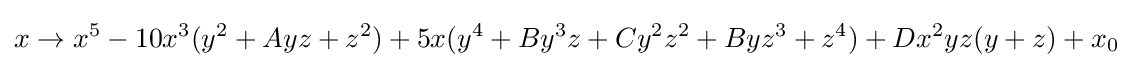
x\to x^{5}-10x^{3}(y^{2}+Ayz+z^{2})+5x(y^{4}+By^{3}z+Cy^{2}z^{2}+Byz^{3}+z^{4})+Dx^{2}yz(y+z)+x_{0}